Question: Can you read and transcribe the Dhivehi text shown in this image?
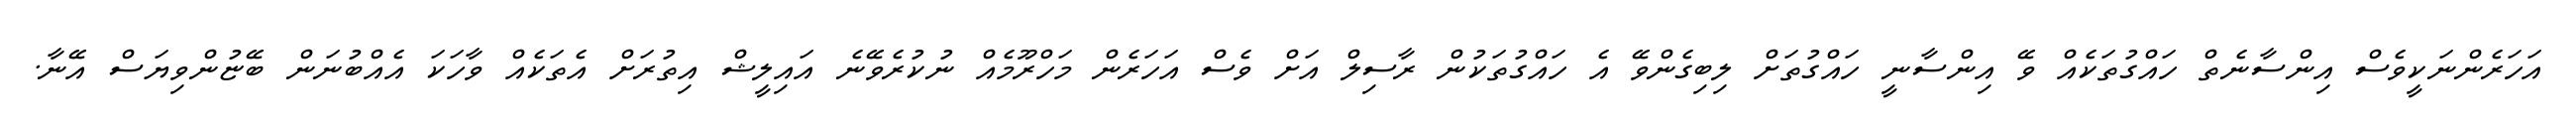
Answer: އަހަރެންނަކީވެސް އިންސާނެތް ހައްގުތަކެއް ވޭ އިންސާނީ ހައްގުތަށް ލިބިގެންވޭ އެ ހައްގުތަކުން ރާސިލް އަށް ވެސް އަހަރެން މަހްރޫމެއް ނުކުރެވޭނެ އައިލީޝް އިތުރަށް އެތަކެއް ވާހަކަ އެއްބުނަން ބޭޏުންވިޔަސް އޭނާ.